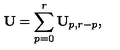
\mathbf { U } = \sum _ { p = 0 } ^ { r } \mathbf { U } _ { p , r - p } ,